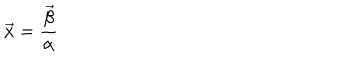
\vec { x } = { \frac { \vec { \beta } } { \alpha } }